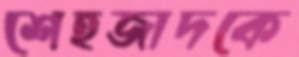
শেহজাদকে